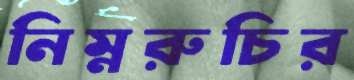
নিম্নরুচির